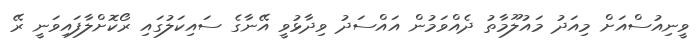
ވީނިއުސްއަށް މިއަދު މައުލޫމާތު ދެއްވަމުން އައްސަދު ވިދާޅުވީ އޭނާގެ ސައިކަލުގައި ރޯކޮށްލާފައިވަނީ ރޭ